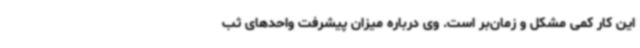
این کار کمی مشکل و زمان‌بر است. وی درباره میزان پیشرفت واحدهای ثب